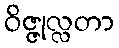
ဝိဇ္ဇုလ္လတာ